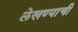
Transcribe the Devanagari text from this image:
लेखण्याची